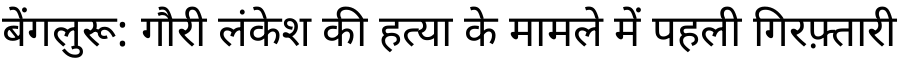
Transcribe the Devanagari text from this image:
बेंगलुरू: गौरी लंकेश की हत्या के मामले में पहली गिरफ़्तारी